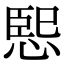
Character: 𭝨